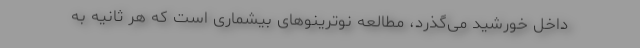
داخل خورشید می‌گذرد، مطالعه نوترینوهای بیشماری است که هر ثانیه به